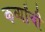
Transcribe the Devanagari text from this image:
कर्व्यांची